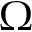
\Omega